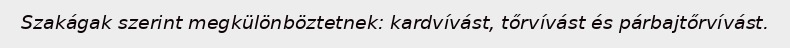
Szakágak szerint megkülönböztetnek: kardvívást, tőrvívást és párbajtőrvívást.